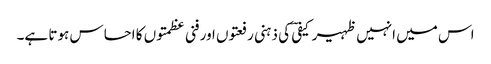
اس میں انہیں ظہیر کیفیؔ کی ذہنی رفعتوں اور فنی عظمتوں کا احساس ہوتا ہے۔